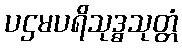
ပဌမပရိသုဒ္ဓသုတ္တံ